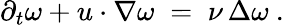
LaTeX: \partial_{t}\omega+u\cdot\nabla\omega\; =\; \nu\, \Delta\omega\ .